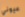
عيوني